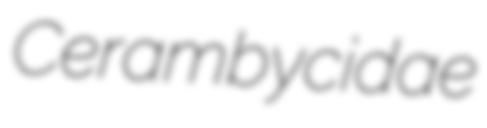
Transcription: Cerambycidae